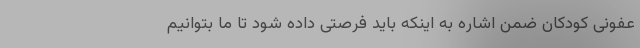
عفونی کودکان ضمن اشاره به اینکه باید فرصتی داده شود تا ما بتوانیم